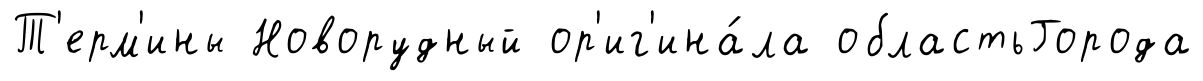
Т'ерм'ины Новорудный ор'иг'ина́ла областьГорода